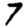
Digit: 7